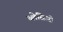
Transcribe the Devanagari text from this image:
ब्लेसिओ